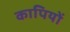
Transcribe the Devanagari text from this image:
कापियों